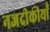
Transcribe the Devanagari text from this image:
नजदीकीयाँ